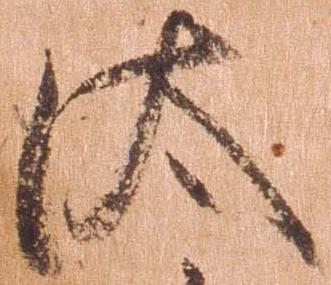
汰